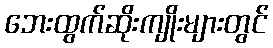
ဘေးထွက်ဆိုးကျိုးများတွင်